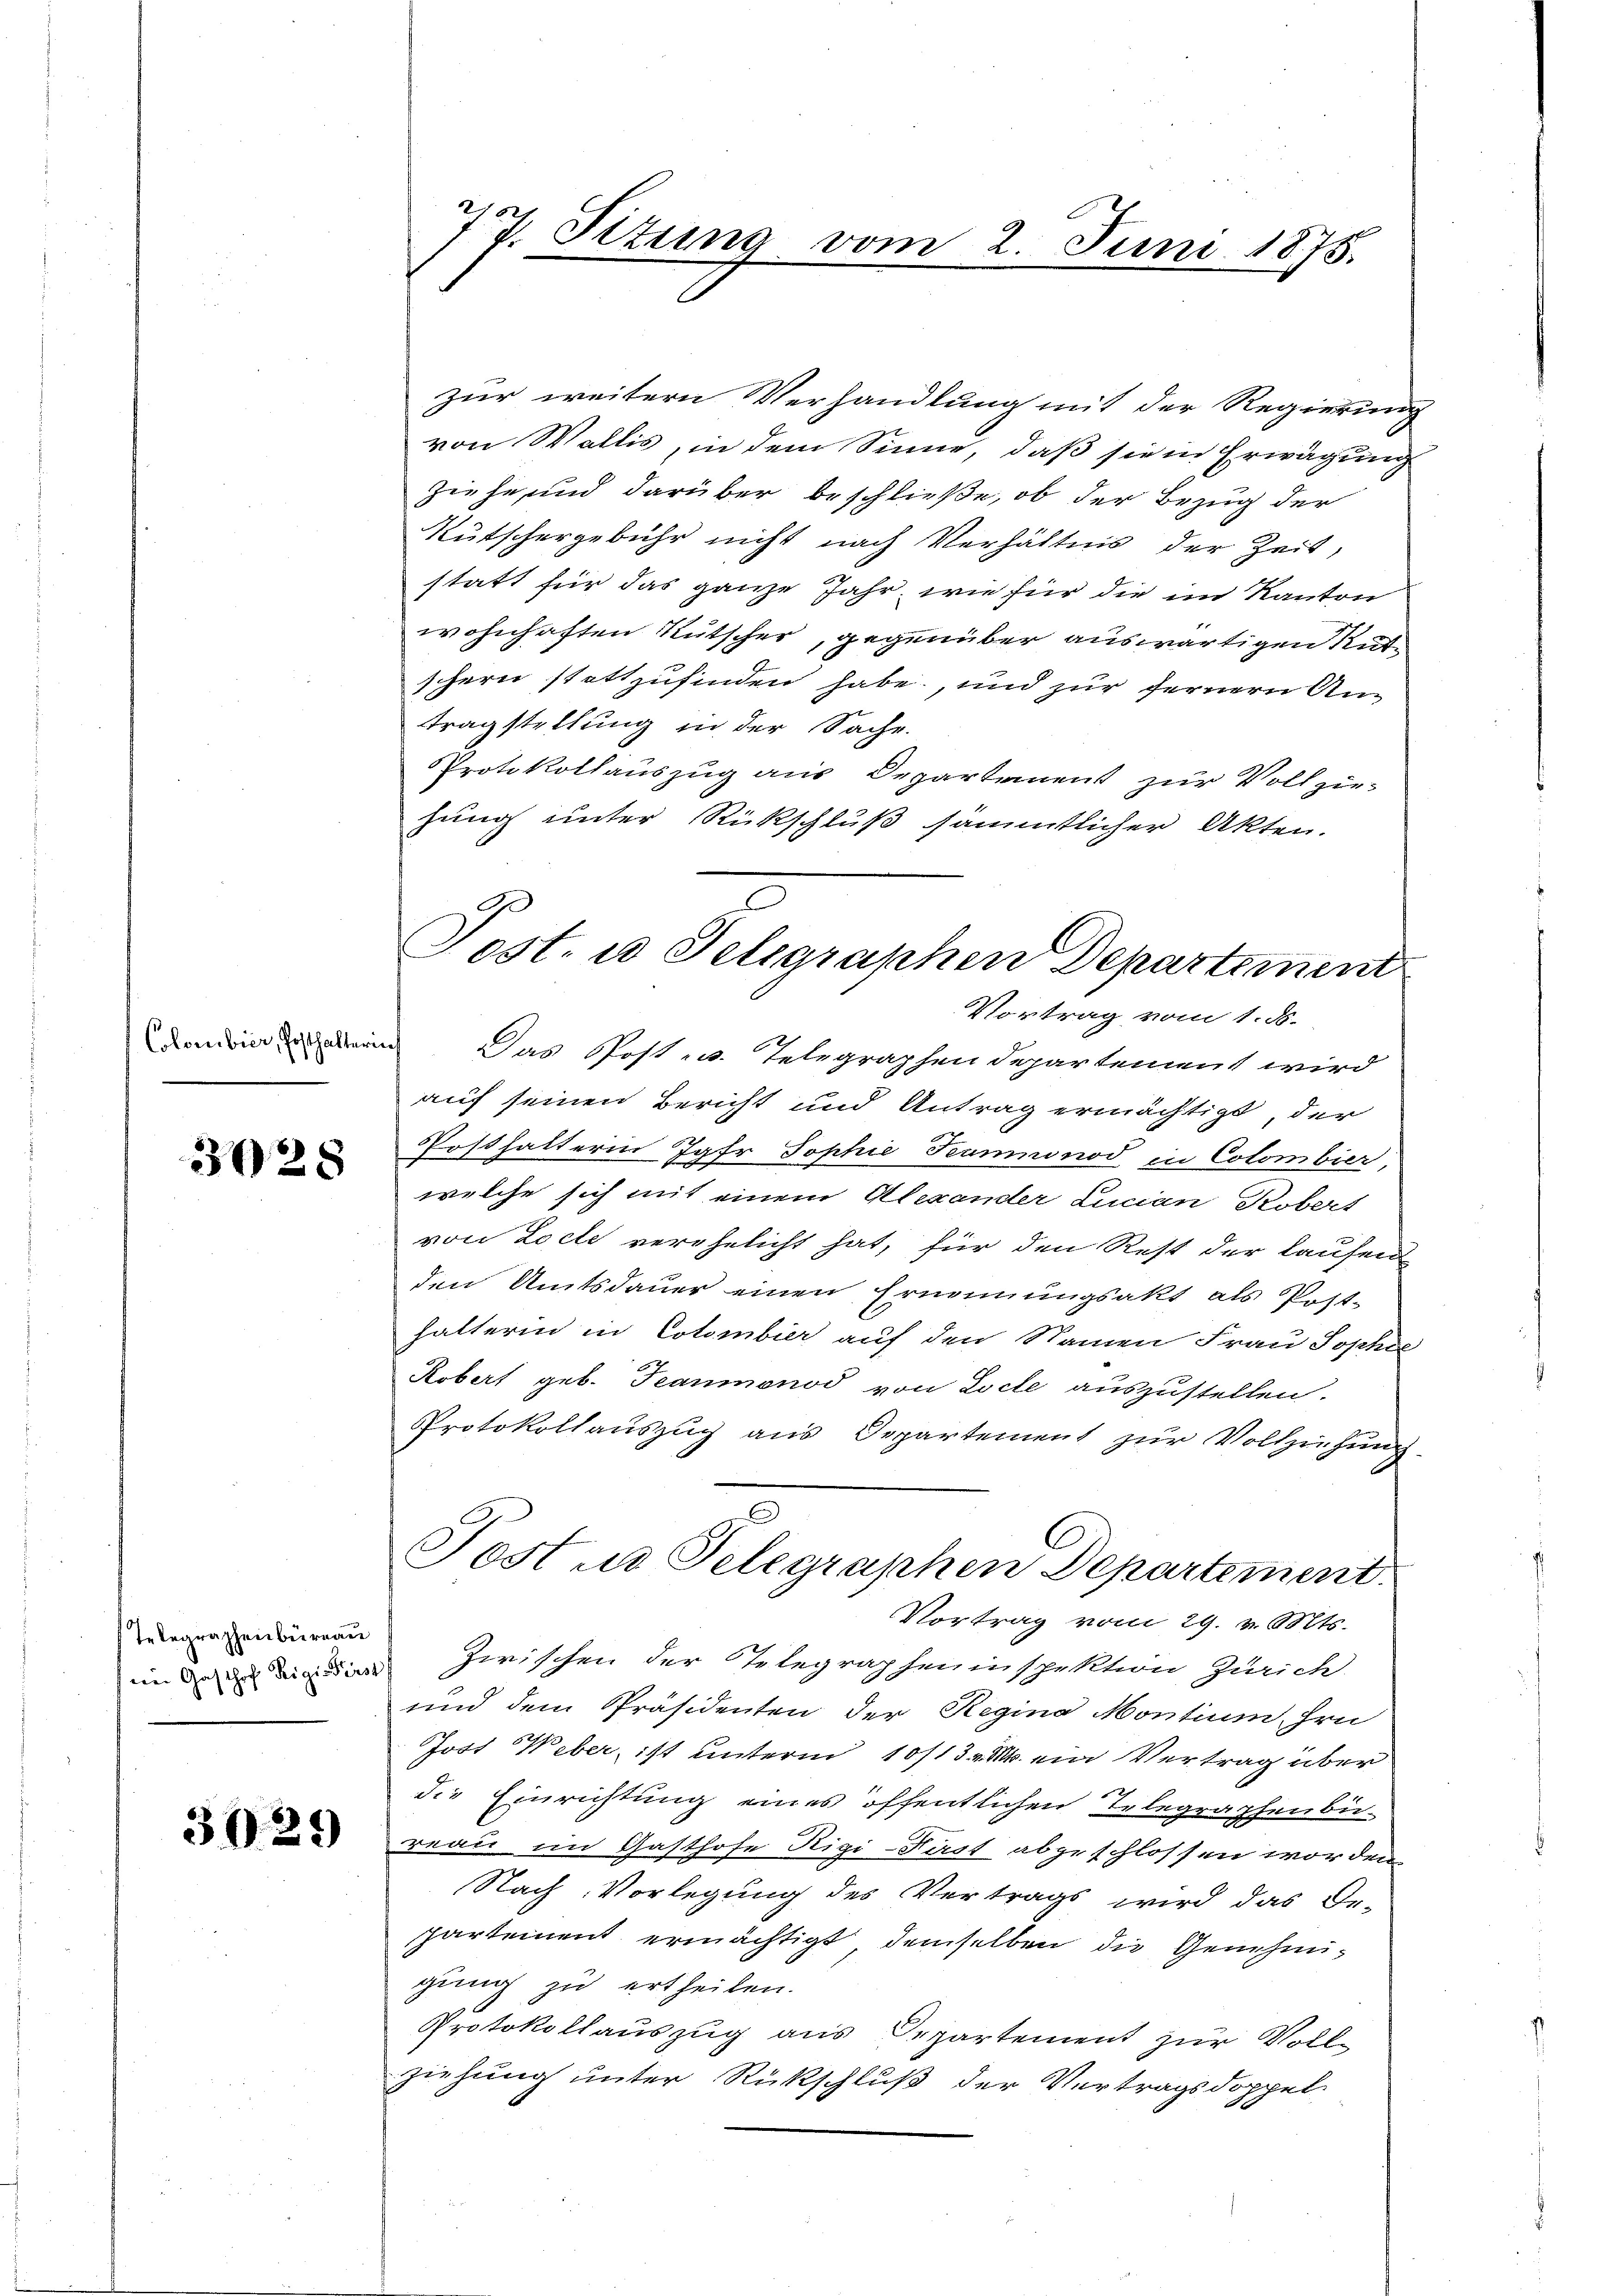
Colombier, Posthalter

3028

Telegraphenbüreau
ein Gasthof Rigisters

3029

Post. u Seligraphen Departement

77. Sitzung vom 2. Juni 1875.

zur weitern Verhandlung mit der Regierung
von Wallis, in dem Sinne, daß sie in Erwägung
ziehe und darüber beschließe, ob der Bezug der
Kutschergebühr nicht nach Verhältnis der Zeit,
statt für das ganze Jahr, wie für die im Kanton
wohnhaften Rutscher, gegenüber auswärtigen Rutschern stattzufinden habe, und zur fernern Antragstellung in der Sache.
Protokollauszug aus Departement zur Vollziehung unter Rückschluß sämmtlicher Akten.
Vortrag vom 1. d.
R
Das Post - u. Telegraphen departement wird
auf seinen Bericht und Antrag ermächtigt, der
Posthalterin Jgfr. Sophie Teumnonod in Colombier,
welche sich mit einem Alexander Lucian Robert
von Locte verehelicht hat, für den Rest der laufen
den Amtsdauer einen Ernennungsakt als Post-
halterin in Colombier auf den Namen Frau Sophie
Robert geb. Teaumonod von Loche auszustellen.
Protokollauszug aus Departement zur Vollziehung
Post in Telegraphen Departement
Vortrag vom 29. v. Mts.
Zwischen der Telegrapheninspektion Zürich
und dem Präsidenten der Regina Montium hrn
Jost Weber, ist unterm 10/13. M. ein Vertrag über
die Einrichtung eines öffentlichen Telegraphenbiereau im Gasthofe Rigi-Kast abgeschlossen worden.
Nach Vorlegung des Vertrags wird das Or-
partement ermächtigt demselben die Genehmigung zu ertheilen.
Protokollauszug aus Departement zur Vollziehung unter Rückschluß der Vertragsdoppel